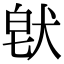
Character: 𤟀